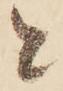
と